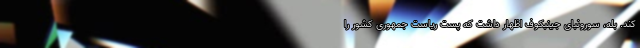
کند. بله، سورونبای جینبکوف اظهار داشت که پست ریاست جمهوری کشور را